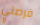
فرصتي